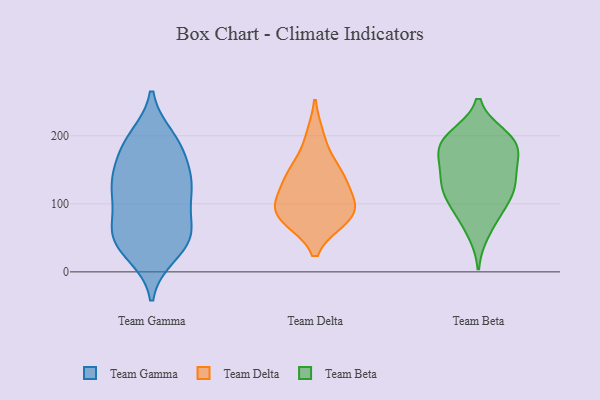
{"axis": {"x": "Production Output", "y": "Value"}, "legend": ["Team Beta", "Team Delta", "Team Gamma"], "data": [{"x": "", "y": 172, "type": "Team Gamma"}, {"x": "", "y": 48, "type": "Team Gamma"}, {"x": "", "y": 63, "type": "Team Gamma"}, {"x": "", "y": 118, "type": "Team Gamma"}, {"x": "", "y": 169, "type": "Team Gamma"}, {"x": "", "y": 54, "type": "Team Gamma"}, {"x": "", "y": 64, "type": "Team Gamma"}, {"x": "", "y": 198, "type": "Team Gamma"}, {"x": "", "y": 118, "type": "Team Gamma"}, {"x": "", "y": 62, "type": "Team Gamma"}, {"x": "", "y": 196, "type": "Team Gamma"}, {"x": "", "y": 131, "type": "Team Gamma"}, {"x": "", "y": 145, "type": "Team Gamma"}, {"x": "", "y": 28, "type": "Team Gamma"}, {"x": "", "y": 25, "type": "Team Gamma"}, {"x": "", "y": 117, "type": "Team Gamma"}, {"x": "", "y": 47, "type": "Team Gamma"}, {"x": "", "y": 135, "type": "Team Gamma"}, {"x": "", "y": 190, "type": "Team Gamma"}, {"x": "", "y": 103, "type": "Team Gamma"}, {"x": "", "y": 145, "type": "Team Delta"}, {"x": "", "y": 151, "type": "Team Delta"}, {"x": "", "y": 77, "type": "Team Delta"}, {"x": "", "y": 199, "type": "Team Delta"}, {"x": "", "y": 77, "type": "Team Delta"}, {"x": "", "y": 138, "type": "Team Delta"}, {"x": "", "y": 91, "type": "Team Delta"}, {"x": "", "y": 81, "type": "Team Delta"}, {"x": "", "y": 106, "type": "Team Delta"}, {"x": "", "y": 108, "type": "Team Delta"}, {"x": "", "y": 199, "type": "Team Beta"}, {"x": "", "y": 120, "type": "Team Beta"}, {"x": "", "y": 190, "type": "Team Beta"}, {"x": "", "y": 142, "type": "Team Beta"}, {"x": "", "y": 118, "type": "Team Beta"}, {"x": "", "y": 175, "type": "Team Beta"}, {"x": "", "y": 127, "type": "Team Beta"}, {"x": "", "y": 200, "type": "Team Beta"}, {"x": "", "y": 189, "type": "Team Beta"}, {"x": "", "y": 152, "type": "Team Beta"}, {"x": "", "y": 84, "type": "Team Beta"}, {"x": "", "y": 163, "type": "Team Beta"}, {"x": "", "y": 117, "type": "Team Beta"}, {"x": "", "y": 58, "type": "Team Beta"}, {"x": "", "y": 91, "type": "Team Beta"}, {"x": "", "y": 186, "type": "Team Beta"}]}